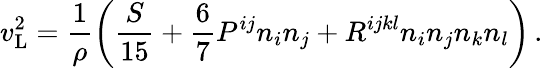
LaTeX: v_{\mathrm{{L}}}^{2}={\frac 1{\rho}\left({\frac{S}{15}+\frac 67P^{ij}n_{i}n_{j}+R^{ijkl}n_{i}n_{j}n_{k}n_{l}}\right)}\, .